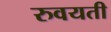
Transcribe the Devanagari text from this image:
रुवयती